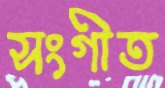
সংগীত